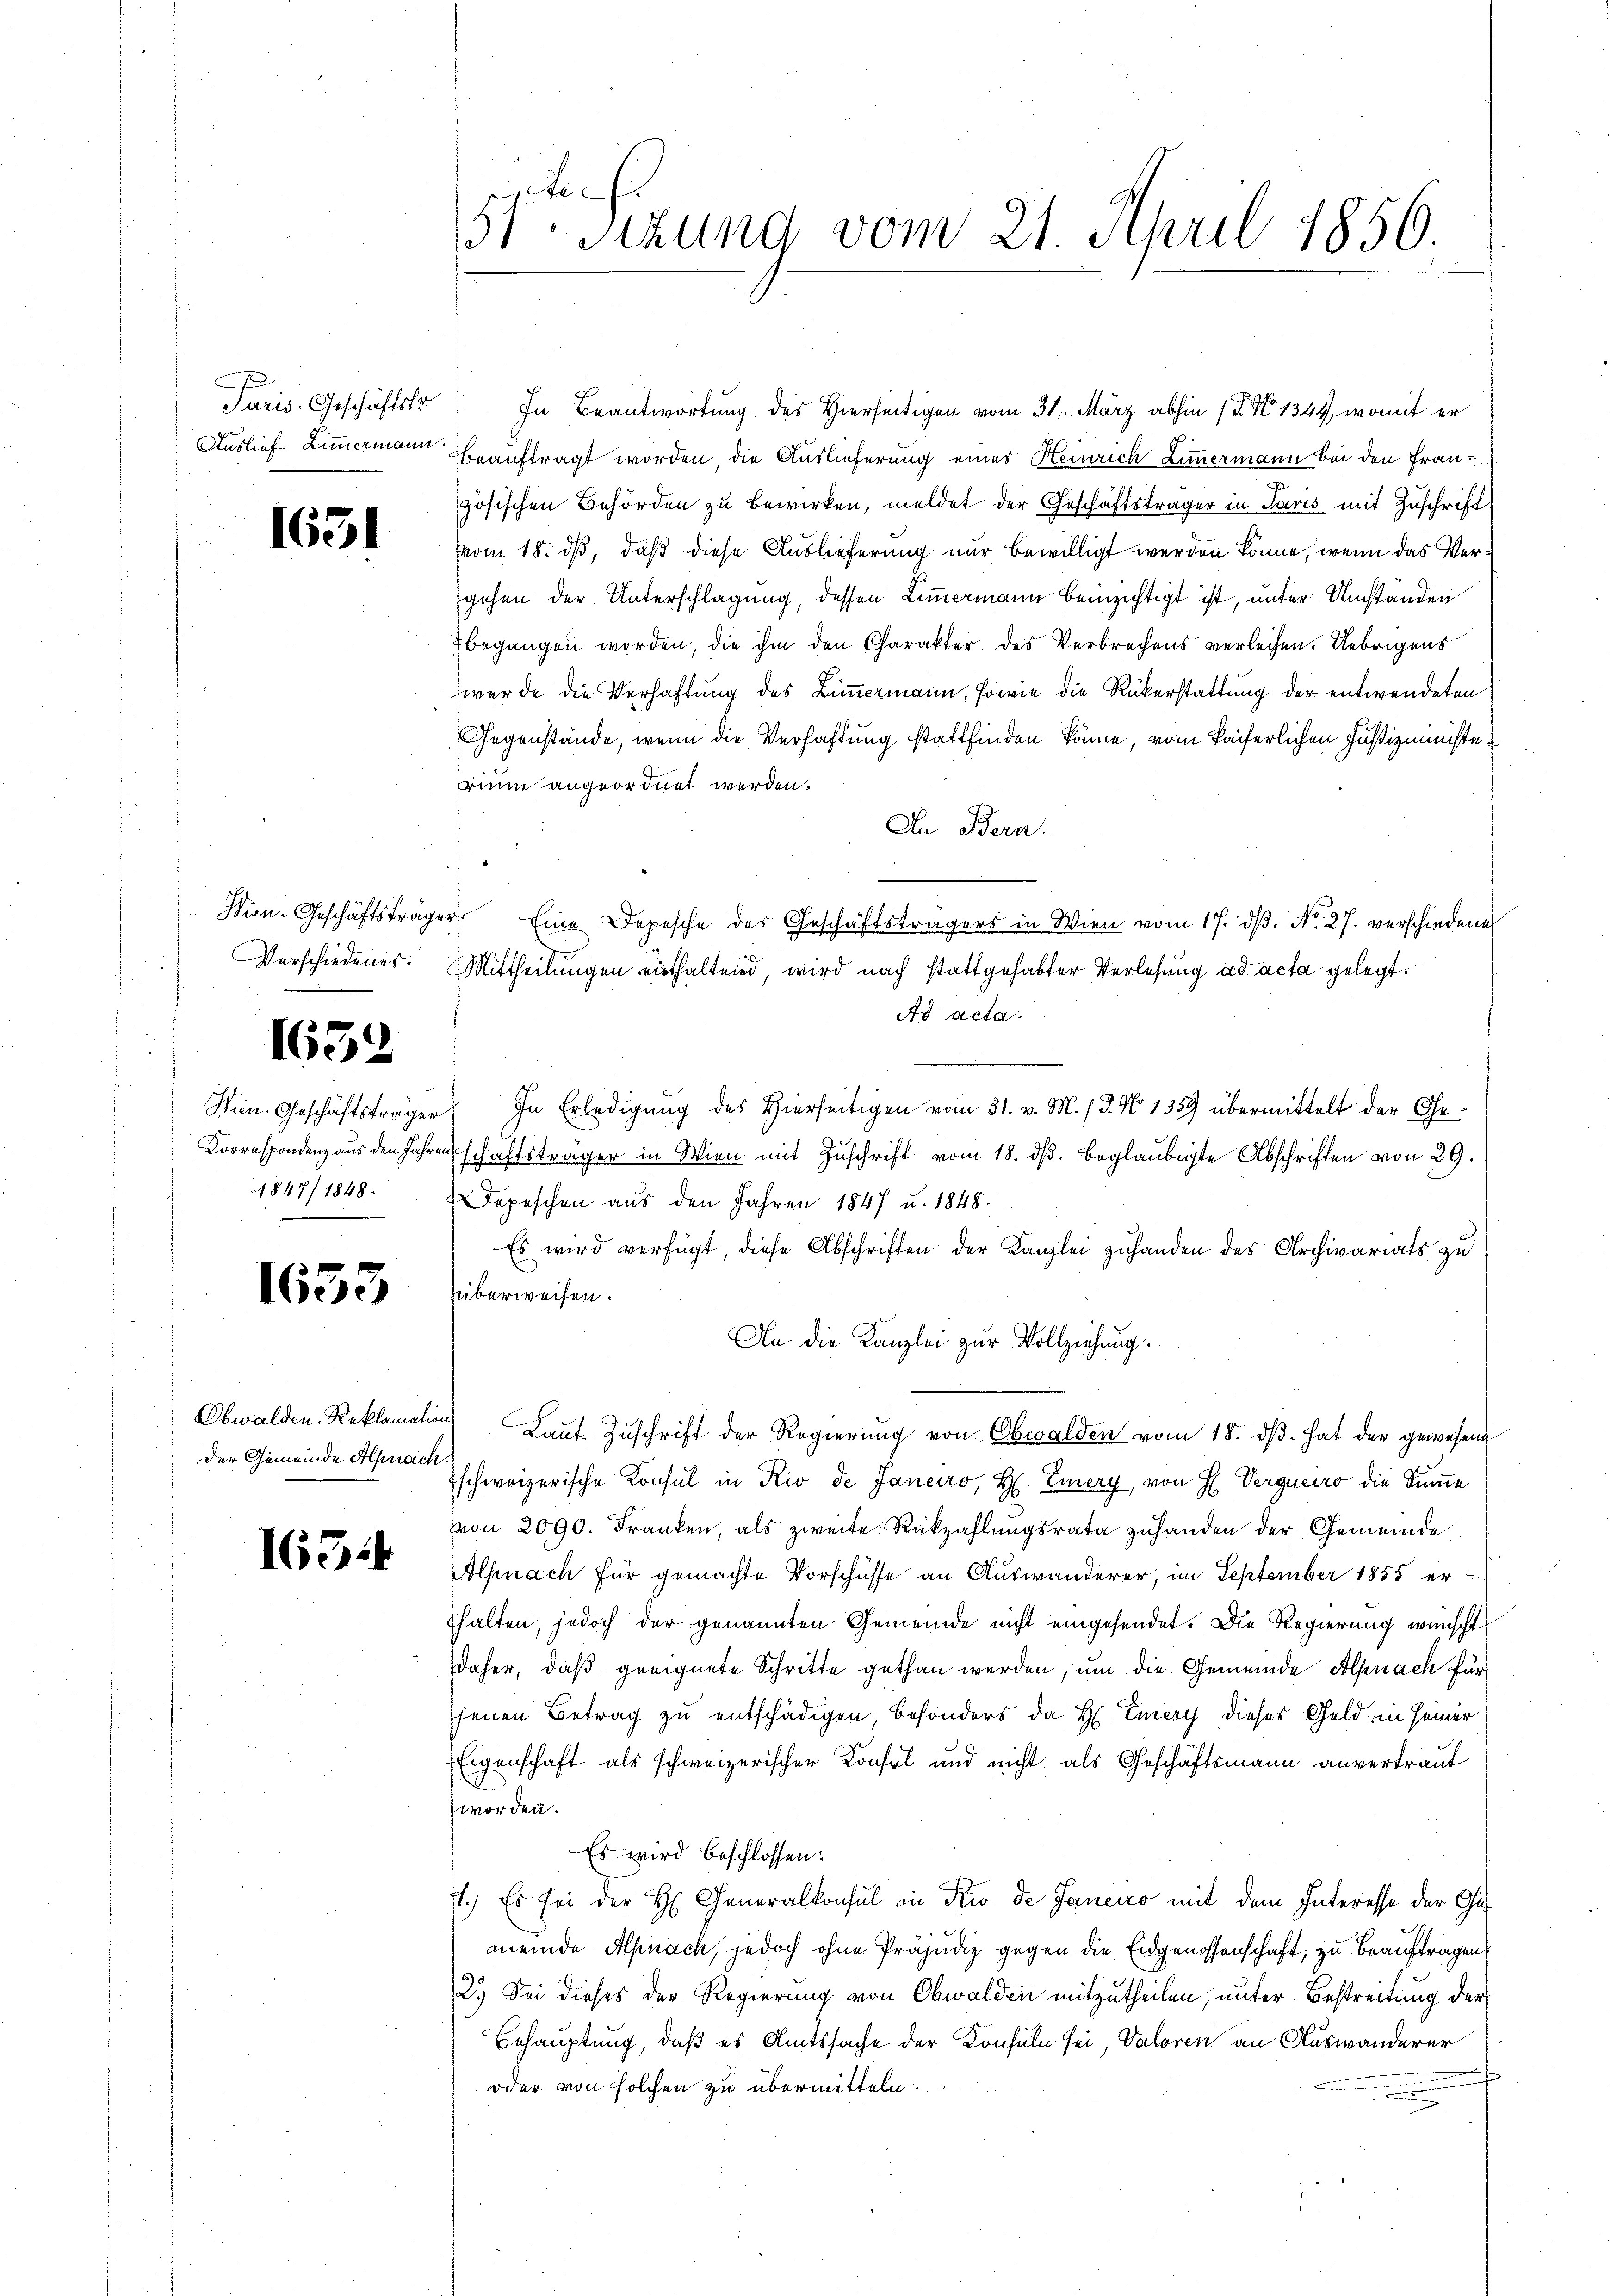
Paris. Geschäftstr

1631

Sien-Geschäftsträger
Verschiedenes.

1654

1847/ 1848.
e

1653

Der Gemeinde Alpnach.

1654

i
51 sizung vom 21. April 1856.

In Beantwortung des Hierseitigen vom 31. März abhin 1. No 1344, womit er
Auslief. Zimmermann beauftragt worden, die Auslieferung einer Heinrich Limmermann bei den Französischen Behörden zu bewirken, meldet der Geschäftsträger in Paris mit Zuschrift
vom 18. ds, daß diese Auslieferung nur bewilligt werden könne, wenn das Vergehen der Unterschlagung, dessen Limmermann beizichtigt ist, unter Umständen
begangen worden, die ihm den Charakter des Verbrechens verleihen. Uebrigens
wurde die Verhaftung des Zimmermann, sowie die Rükerstattung der entwendeten
Gegenstände, wenn die Verhaftung stattfinden könne, vom kaiserlichen Justizministe
Trium angeordnet werden.
An Bern.
Eine Depesche des Geschäftsträgers in Wien vom 17. dβ. No. 27. verschiedene
Mittheilungen einthaltend, wird nach stattgehabter Verlesung ad acta gelegt.
Ad acta.
Hrn. Geschäftsträger. In Erledigŭng des Hierseitigen vom 31. v. M. 13. No 1359 übermittelt der Ge¬
Korrespondenz aus den Jahren schriftsträger in Wien mit Zuschrift vom 18. ds. beglaubigte Abschriften von 29.
Depeschen aus den Jahren 1847 u. 1848.
Es wird verfügt, diese Abschriften der Kanzlei zuhanden des Archivariats zu
überweisen.
An die Kanzlei zur Vollziehung.
Obwalden, Reklamation Baŭt Zŭschrift der Regierŭng von Obwalden vom 18. dβ. hat der gewesen
Eschweizerische Konsul in Rio de Janeiro, H. Emery, von H. Vergneiro die Summe
von 2090. Franken, als zweite Rückzahlungsrata zuhanden der Gemeinde
Alpnach für gemachte Vorschüsse an Auswanderer, im September 1855 er-
halten, jedoch der genannten Gemeinde nicht eingesendet. Die Regierung wünscht
daher, daß geeignete Schritte gethan werden, um die Gemeinde Alpnach für
jenen Betrag zu entschädigen besonders da H Eiery dieses Geld in seiner
Eigenschaft als schweizerischer Konsol und nicht als Geschäftsmann anvertraut
worden.
Es wird beschlossen:
1.) Es sei der H. Generalkonsul in Rio de Janeiro mit dem Interesse der Ge-
meinde Alpnach, jedoch ohne Präjudiz gegen die Eidgenossenschaft, zu beauftragen
2.) Sei dieses der Regierung von Obwalden mitzutheilen, unter Bestreitung der
Behauptung, daß es Amtssache der Konsuln sei, Valoren an Auswanderer
oder von solchen zu übermitteln.